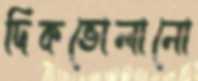
দিকভোলানো